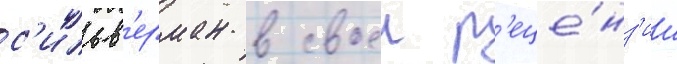
с'ильв'ерман в своеи р'еце́нз'ии